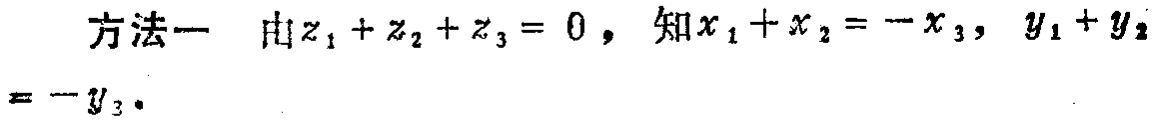
方法一 由\(z_{1}+z_{2}+z_{3}=0\)，知\(x_{1}+x_{2}=-x_{3}\)，\(y_{1}+y_{2}=-y_{3}\)。